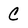
Character: C